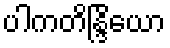
ပါကတိန္ဒြိယော